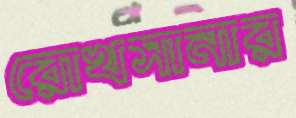
রোখসানার